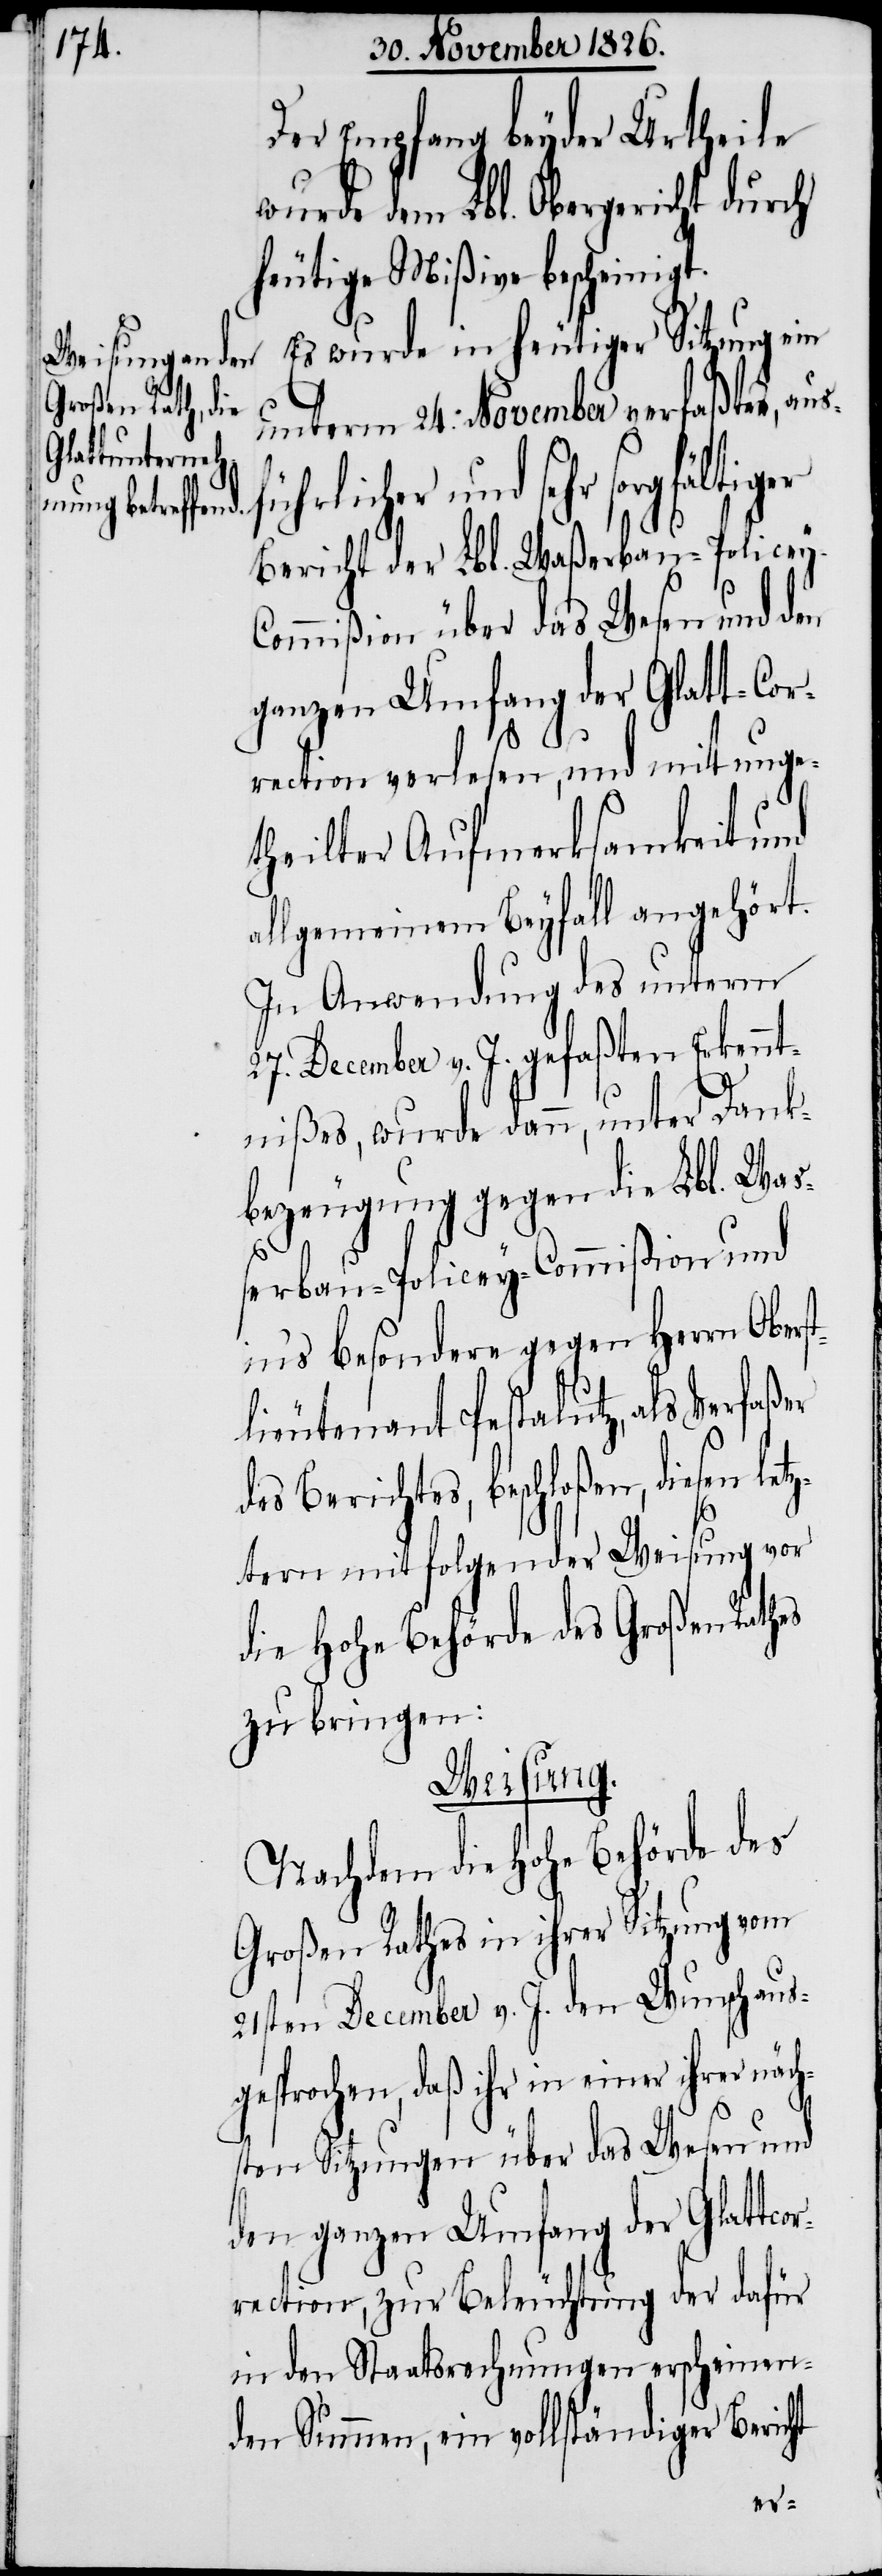
Der Empfang beyder Urtheile
wurde dem Lbl. Obergericht durch
heutige Mißive bescheinigt.
Es wurde in heutiger Sitzung ein
unterm 24. November verfaßter,
und sehr sorgfältiger
Bericht der Lbl. Waßerbau-Police¬
ommißion über das Wesen und den
ganzen Umfang der Glatt-Cor¬
rection verlesen, und mit unge¬
theilter Aufmerksamkeit und
allgemeinem Beyfall angehört.
In Anwendung des unterm
27. December v. J. gefaßten Erkennt¬
nißes, wurde dann, unter Dank¬
bezeugung gegen die Lbl. Wa¬
ßerbau-Policey-Commißion und
in’s besondere gegen Herrn Obers¬
tlieutenant Pestalutz, als Verfaßer
des Berichtes, beschloßen, diesen
ztern mit folgender Weisung vor
die hohe Behörde des Großen Rathes
zu bringen:
rer näch¬
Nachdem die hohe Behörde des
Großen Rathes in ihrer Sitzung vom
21sten December v. J. den Wunsch aus¬
gesprochen, daß ihr in einer ih¬
sten Sitzungen über das Wesen und
den ganzen Umfang der Glattcor¬
rection, zur Beleuchtung der dafür
in den Staatsrechnungen erscheinen¬
den Summen, ein vollständiger Bericht
let¬